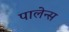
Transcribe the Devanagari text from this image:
पालेन्स